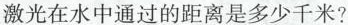
激光在水中通过的距离是多少千米?